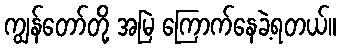
ကျွန်တော်တို့ အမြဲ ကြောက်နေခဲ့ရတယ်။